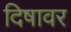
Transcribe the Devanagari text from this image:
दिषावर